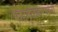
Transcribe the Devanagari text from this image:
माडगुळकरयांनी